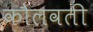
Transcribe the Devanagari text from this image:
कौलवती